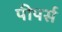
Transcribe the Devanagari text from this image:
पीपर्स